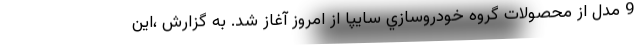
9 مدل از محصولات گروه خودروسازي سايپا از امروز آغاز شد. به گزارش ،این